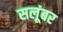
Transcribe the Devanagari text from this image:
सलूंबर